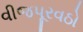
વીજપૂરવઠો